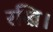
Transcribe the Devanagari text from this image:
रखि।